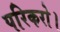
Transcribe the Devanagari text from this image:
परिकरो।